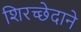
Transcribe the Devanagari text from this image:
शिरच्छेदाने